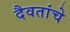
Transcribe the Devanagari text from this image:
दैवतांचे